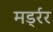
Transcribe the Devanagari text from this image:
मर्ड्रर